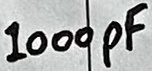
Text: 1000pF